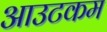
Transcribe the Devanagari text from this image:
आउटकम